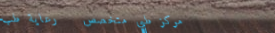
مركز طبي متخصص   رعاية طب